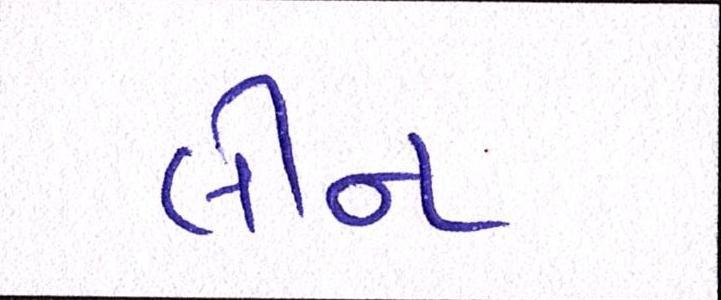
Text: લીન